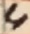
Text: 4